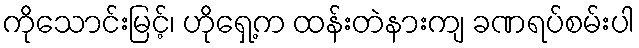
ကိုသောင်းမြင့်၊ ဟိုရှေ့က ထန်းတဲနားကျ ခဏရပ်စမ်းပါ